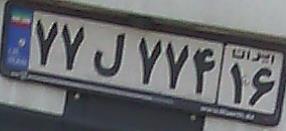
۷۷ل۷۷۴۱۶